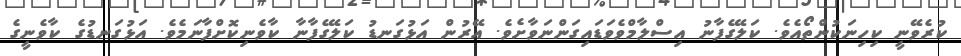
ކުރެވޭނީ ކިހިނަކުންތޯއެވެ. ކަލޭގެފާނު އިސްލާމްވެވަޑައިގަންނަވާށެވެ. އޭރުން އަޅުގަނޑު ކަލޭގެފާނާ ކާވެނިކޮށްފާނަމެވެ. އަޅުގަނޑުގެ ކާވެނީގެ